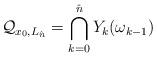
LaTeX: \begin{align*} \mathcal{Q}_{x_0,L_{\hat{n}}}=\bigcap_{k=0}^{\hat{n}}Y_{k}(\omega_{k-1}) \end{align*}